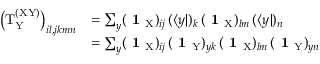
\begin{array} { r l } { \left( \mathrm { T } _ { \mathrm { Y } } ^ { \mathrm { ( X Y ) } } \right) _ { i l , j k m n } } & { = \sum _ { y } ( \textbf { 1 } _ { \mathrm { X } } ) _ { i j } \, ( \langle y | ) _ { k } \, ( \textbf { 1 } _ { \mathrm { X } } ) _ { l m } \, ( \langle y | ) _ { n } } \\ & { = \sum _ { y } ( \textbf { 1 } _ { \mathrm { X } } ) _ { i j } \, ( \textbf { 1 } _ { \mathrm { Y } } ) _ { y k } \, ( \textbf { 1 } _ { \mathrm { X } } ) _ { l m } \, ( \textbf { 1 } _ { \mathrm { Y } } ) _ { y n } } \end{array}